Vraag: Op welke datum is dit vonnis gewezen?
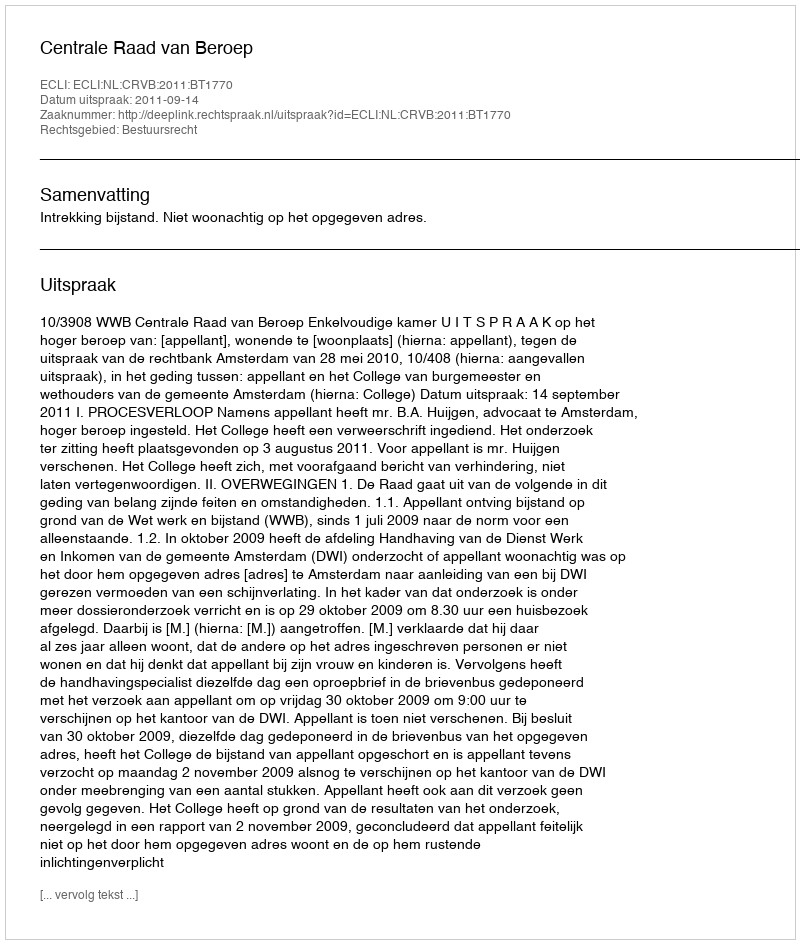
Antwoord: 2011-09-14